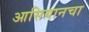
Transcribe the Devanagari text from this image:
आसियानचा